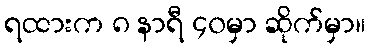
ရထားက ၈ နာရီ ၄၀မှာ ဆိုက်မှာ။